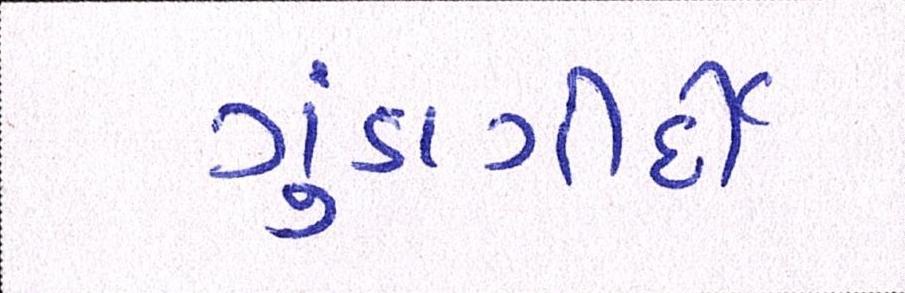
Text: ગુંડાગીર્દી